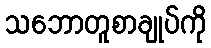
သဘောတူစာချုပ်ကို